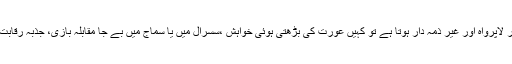
مختصراً یہ کہ گھریلو مسائل میں کہیں شوہر لاپرواہ اور غیر ذمہ دار ہوتا ہے تو کہیں عورت کی بڑھتی ہوئی خواہش ،سسرال میں یا سماج میں بے جا مقابلہ بازی، جذبہ رقابت وغیرہ گھریلو ماحول کو خراب کرتے ہیں۔